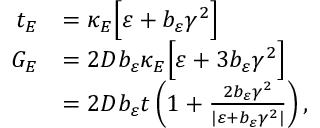
\begin{array} { r l } { t _ { E } } & { = \kappa _ { E } \Big [ \varepsilon + b _ { \varepsilon } \gamma ^ { 2 } \Big ] } \\ { G _ { E } } & { = 2 D b _ { \varepsilon } \kappa _ { E } \Big [ \varepsilon + 3 b _ { \varepsilon } \gamma ^ { 2 } \Big ] } \\ & { = 2 D b _ { \varepsilon } t \left( 1 + \frac { 2 b _ { \varepsilon } \gamma ^ { 2 } } { \vert \varepsilon + b _ { \varepsilon } \gamma ^ { 2 } \vert } \right) , } \end{array}